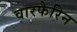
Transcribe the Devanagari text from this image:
वारफेरिन